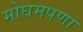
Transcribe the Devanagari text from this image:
मोघमपणा